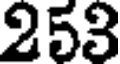
253